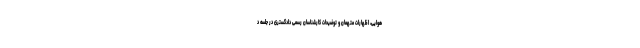
هوایی، اظهارات متهمان و توضیحات کارشناسان رسمی دادگستری در جلسه د